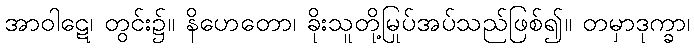
အာဝါဋေ၊ တွင်း၌။ နိဟေတော၊ ခိုးသူတို့မြုပ်အပ်သည်ဖြစ်၍။ တမှာဒုက္ခာ၊